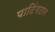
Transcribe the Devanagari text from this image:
पाटिंगटन